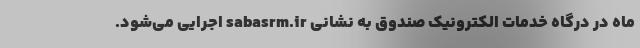
ماه در درگاه خدمات الکترونیک صندوق به نشانی sabasrm.ir اجرایی می‌شود.